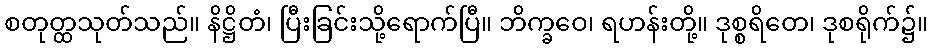
စတုတ္ထသုတ်သည်။ နိဋ္ဌိတံ၊ ပြီးခြင်းသို့ရောက်ပြီ။ ဘိက္ခဝေ၊ ရဟန်းတို့။ ဒုစ္စရိတေ၊ ဒုစရိုက်၌။